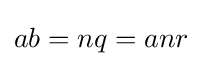
ab=nq=anr